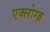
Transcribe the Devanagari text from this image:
एक्लोग्ज़